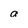
Character: a